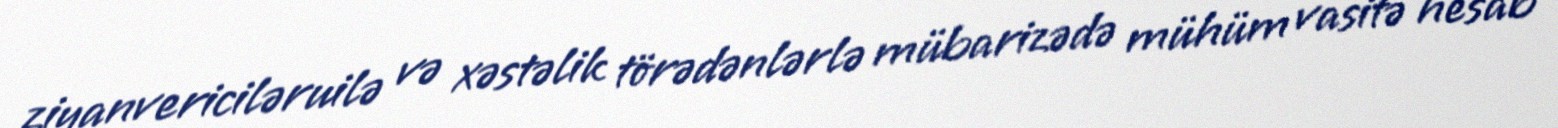
ziyanvericiləruilə və xəstəlik törədənlərlə mübarizədə mühüm vasitə hesab